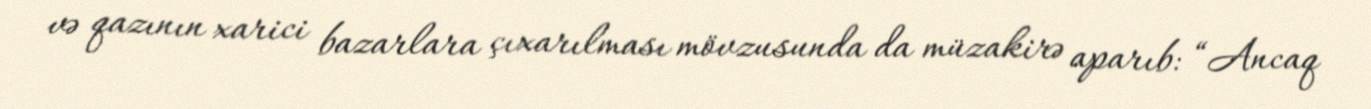
və qazının xarici bazarlara çıxarılması mövzusunda da müzakirə aparıb: “Ancaq